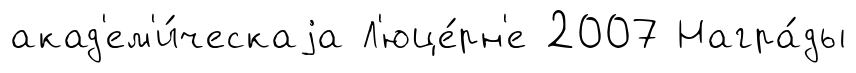
акад'ем'и́ческаjа Л'юце́рн'е 2007 Награ́ды